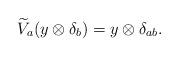
LaTeX: \begin{align*}\widetilde{V}_{a}(y \otimes \delta_{b})=y \otimes \delta_{ab}.\end{align*}